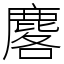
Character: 𪊲